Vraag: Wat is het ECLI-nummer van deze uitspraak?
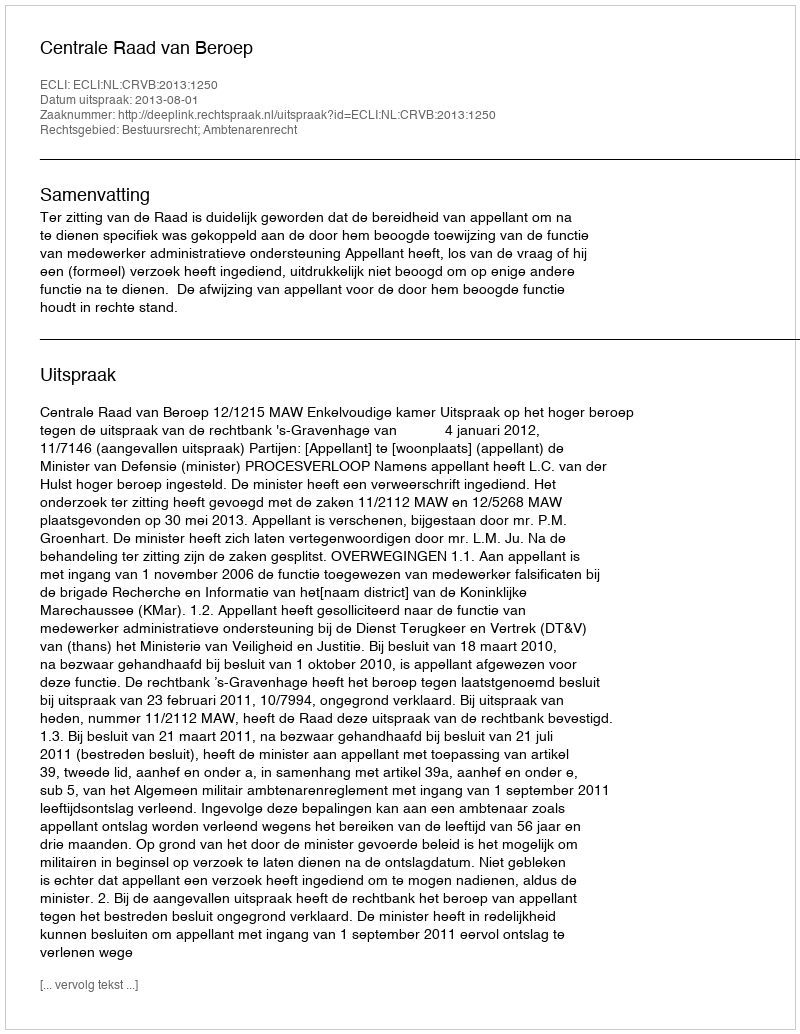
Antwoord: ECLI:NL:CRVB:2013:1250